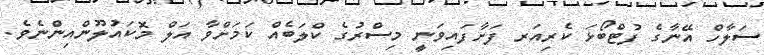
ސަލާހް އޭނާގެ ފުޓްބޯޅަ ކެރިއަރ ފަށާފައިވަނީ މިސްރުގެ ކްލަބެއް ކަމަށްވާ އަލް މޮކައުލޫންއިންނެވެ.